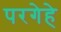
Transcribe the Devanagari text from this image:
परगेहे